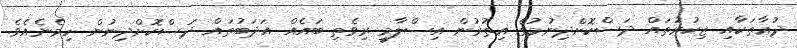
ދުޢާތަކާއި ޒިކުރުތައް ދަސްކޮށްދިނުމުގެ އިތުރުން އިސްލާމީ ރިވެތި ބައެއް އަދަބުތައް ދަސްކޮށްދިނުން ހިމެނެއެވެ.